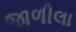
જાળીલા